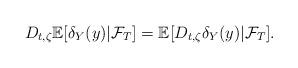
LaTeX: \begin{align*}D_{t,\zeta}\mathbb{E}[\delta_Y(y)|\mathcal{F}_T]=\mathbb{E}[D_{t,\zeta}\delta_Y(y)|\mathcal{F}_T].\end{align*}